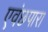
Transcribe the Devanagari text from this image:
एवंछपारा